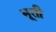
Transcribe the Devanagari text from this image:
भूती